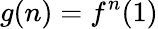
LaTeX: g(n)=f^{n}(1)